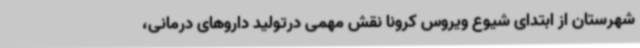
شهرستان از ابتدای شیوع ویروس کرونا نقش مهمی درتولید داروهای درمانی،